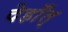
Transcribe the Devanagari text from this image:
देहाँत्